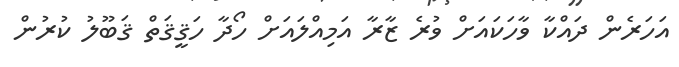
އަހަރެން ދައްކާ ވާހަކައަށް ވުރެ ޒާރާ އަމިއްލައަށް ހޯދާ ހަޤީޤަތް ޤަބޫލު ކުރުން